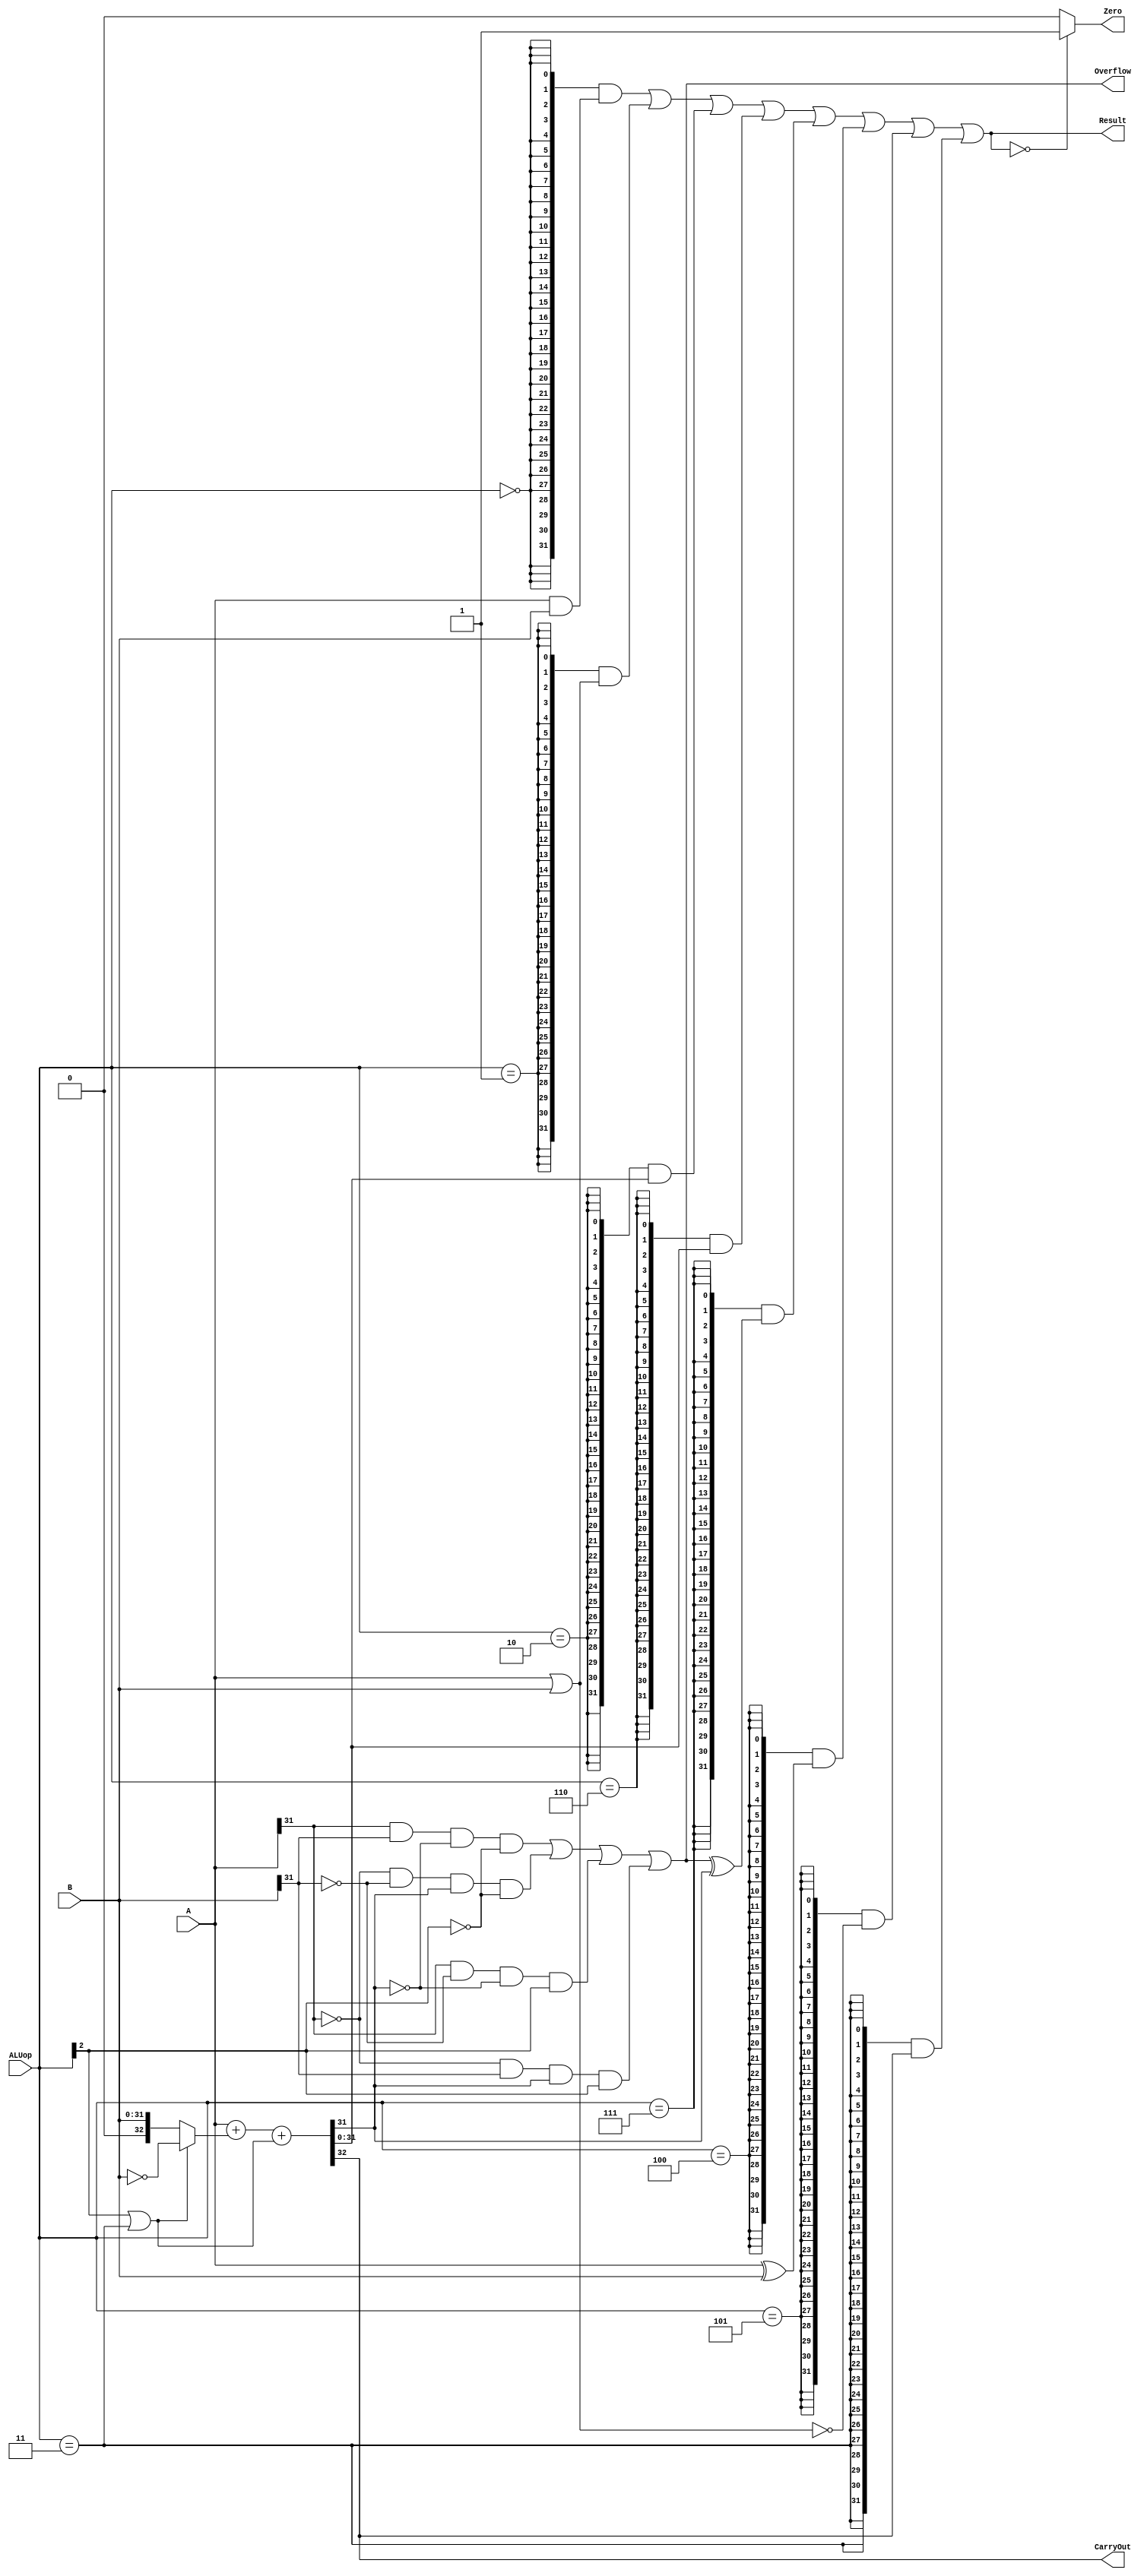
`timescale 10 ns / 1 ns

`define DATA_WIDTH 32

`define ALUOP_AND 3'b000
`define ALUOP_OR  3'b001
`define ALUOP_ADD 3'b010
`define ALUOP_SUB 3'b110
`define ALUOP_STL 3'b111
`define ALUOP_XOR 3'b100
`define ALUOP_NOR 3'b101
`define ALUOP_SLTU 3'b011



module alu(
	input [`DATA_WIDTH - 1:0] A,
	input [`DATA_WIDTH - 1:0] B,
	input [2:0] ALUop,
	output Overflow,
	output CarryOut,
	output Zero,
	output [`DATA_WIDTH - 1:0] Result
);

	// TODO: Please add your logic code here
    wire [`DATA_WIDTH - 1: 0] andresult;
    wire [`DATA_WIDTH - 1: 0] orresult;
    wire [`DATA_WIDTH - 1: 0] assresult;
	wire [`DATA_WIDTH - 1: 0] sltresult;
	wire [`DATA_WIDTH - 1: 0] xorresult;
	wire [`DATA_WIDTH - 1: 0] norresult;
	wire [`DATA_WIDTH - 1: 0] slturesult;
    

    wire op_and = ALUop == `ALUOP_AND;
	wire op_or = ALUop ==  `ALUOP_OR;
	wire op_add = ALUop == `ALUOP_ADD;
	wire op_sub = ALUop == `ALUOP_SUB;
	wire op_stl = ALUop == `ALUOP_STL;
	wire op_xor = ALUop == `ALUOP_XOR;
	wire op_nor = ALUop == `ALUOP_NOR;
	wire op_sltu = ALUop == `ALUOP_SLTU;

	
	/*wire sltu_carryout;
	wire [31:0] sltu_assresult;

	assign {sltu_carryout,sltu_assresult} = A + ~B + 1;

	assign slturesult = {{31{1'b0}},sltu_carryout};*/

	assign andresult = A & B;
	assign orresult = A | B;
	assign xorresult = A ^ B;
	assign norresult = ~(A | B);

	

	assign {CarryOut,assresult} = A + ((ALUop[2] | op_sltu)? ~B:B) + (ALUop[2] | op_sltu);
	assign Overflow = (A[`DATA_WIDTH - 1] & B[`DATA_WIDTH - 1] & ~assresult[`DATA_WIDTH - 1] & ~ALUop[2]) | (~A[`DATA_WIDTH - 1] & ~B[`DATA_WIDTH - 1] & assresult[`DATA_WIDTH - 1] & ~ALUop[2])|
	(A[`DATA_WIDTH - 1] & ~B[`DATA_WIDTH - 1] & ~assresult[`DATA_WIDTH - 1] & ALUop[2]) | (~A[`DATA_WIDTH - 1] & B[`DATA_WIDTH - 1] & assresult[`DATA_WIDTH - 1] & ALUop[2]); 
	
	assign sltresult = Overflow ^ assresult[`DATA_WIDTH - 1];
	
	assign slturesult = {{31{1'b0}},CarryOut};

	assign Result = {32{op_and}} & andresult | 
					{32{op_or}} & orresult |
					{32{op_add}} & assresult |
					{32{op_sub}} & assresult |
					{32{op_stl}} & sltresult |
					{32{op_xor}} & xorresult |
					{32{op_nor}} & norresult |
					{32{op_sltu}} & slturesult;

	assign Zero = (Result == 32'b0)? 1:0;
	

	endmodule